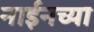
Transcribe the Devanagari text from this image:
नाईनच्या